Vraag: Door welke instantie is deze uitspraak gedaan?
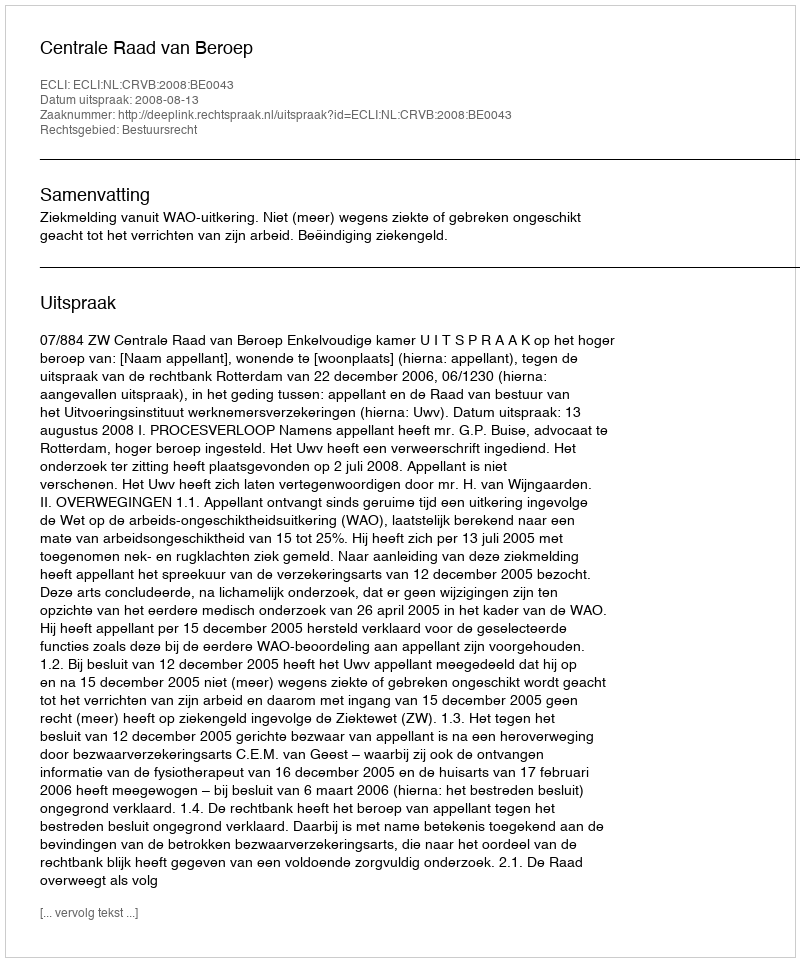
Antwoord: Centrale Raad van Beroep